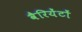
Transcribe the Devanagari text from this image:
वैरियेंटों